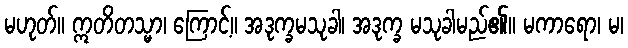
မဟုတ်။ ဣတိတသ္မာ၊ ကြောင့်။ အဒုက္ခမသုခါ၊ အဒုက္ခ မသုခါမည်၏။ မကာရော၊ မ၊